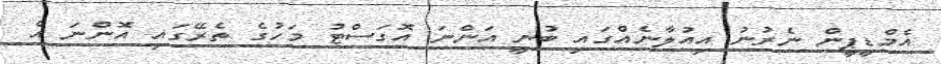
އެމްޑީޕީން ނެރުނު އިއުލާނެއްގައި ބުނީ އަންނަ އޮގަސްޓު މަހުގެ ތެރޭގައި އޮންނަ އެ